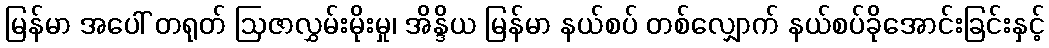
မြန်မာ အပေါ် တရုတ် ဩဇာလွှမ်းမိုးမှု၊ အိန္ဒိယ မြန်မာ နယ်စပ် တစ်လျှောက် နယ်စပ်ခိုအောင်းခြင်းနှင့်